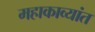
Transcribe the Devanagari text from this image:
महाकाव्यांत